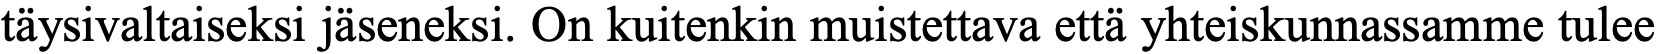
täysivaltaiseksi jäseneksi. On kuitenkin muistettava että yhteiskunnassamme tulee